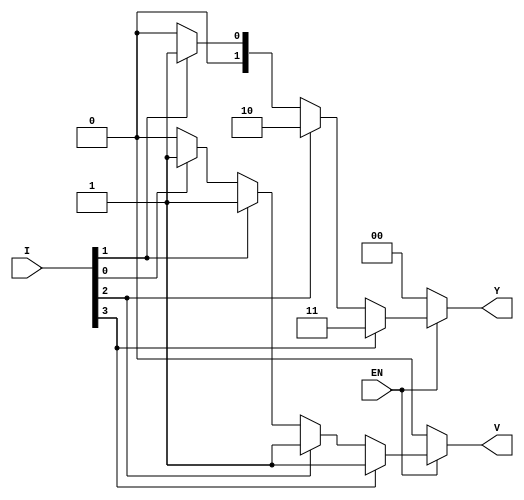
module priority_encoder (
    input wire [3:0] I,    // 4 input lines (I3, I2, I1, I0)
    input wire EN,         // Enable signal
    output reg [1:0] Y,    // 2-bit output for the priority index
    output reg V           // Valid output signal
);

always @(*) begin
    if (EN) begin
        // Default output: Invalid state
        Y = 2'b00; // Output 00 if no active input
        V = 1'b0;  // Invalid output
        
        // Check inputs from highest priority to lowest
        if (I[3]) begin
            Y = 2'b11; // I3 is highest
            V = 1'b1;  // Valid output
        end
        else if (I[2]) begin
            Y = 2'b10; // I2 is next highest
            V = 1'b1;  // Valid output
        end
        else if (I[1]) begin
            Y = 2'b01; // I1 is next highest
            V = 1'b1;  // Valid output
        end
        else if (I[0]) begin
            Y = 2'b00; // I0 is the lowest
            V = 1'b1;  // Valid output
        end
    end
    else begin
        // If EN is not active, output should be defined (e.g., all zeros)
        Y = 2'b00;
        V = 1'b0;  // Invalid output
    end
end

endmodule